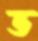
ভ